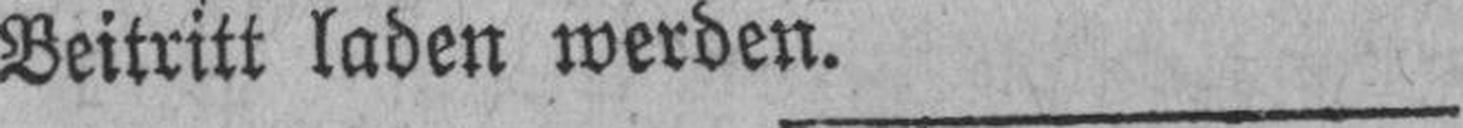
Beitritt laden werden.